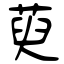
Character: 萸